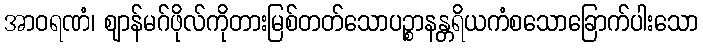
အာဝရဏံ၊ ဈာန်မဂ်ဖိုလ်ကိုတားမြစ်တတ်သောပဉ္စာနန္တရိယကံစသောခြောက်ပါးသော